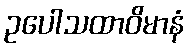
ဥပေါသထာဝိမာနံ